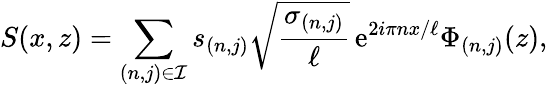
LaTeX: S(x,z)=\sum_{(n,j)\in\mathcal{I}}s_{(n,j)}\sqrt{\frac{\sigma_{(n,j)}}{\ell}}\, \mathrm{e}^{2i\pi nx/\ell}\Phi_{(n,j)}(z),